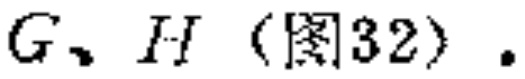
$G、H（图32）.$